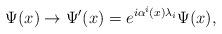
LaTeX: \begin{align*}\Psi(x) \rightarrow \Psi^{\prime}(x) = e^{i \alpha^i(x) \lambda_i} \Psi(x),\end{align*}